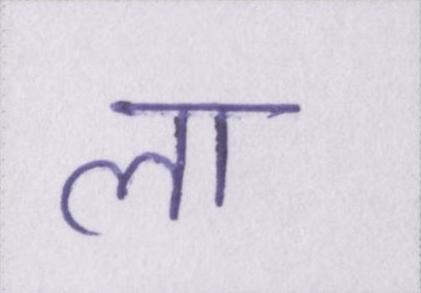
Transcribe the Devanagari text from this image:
ला